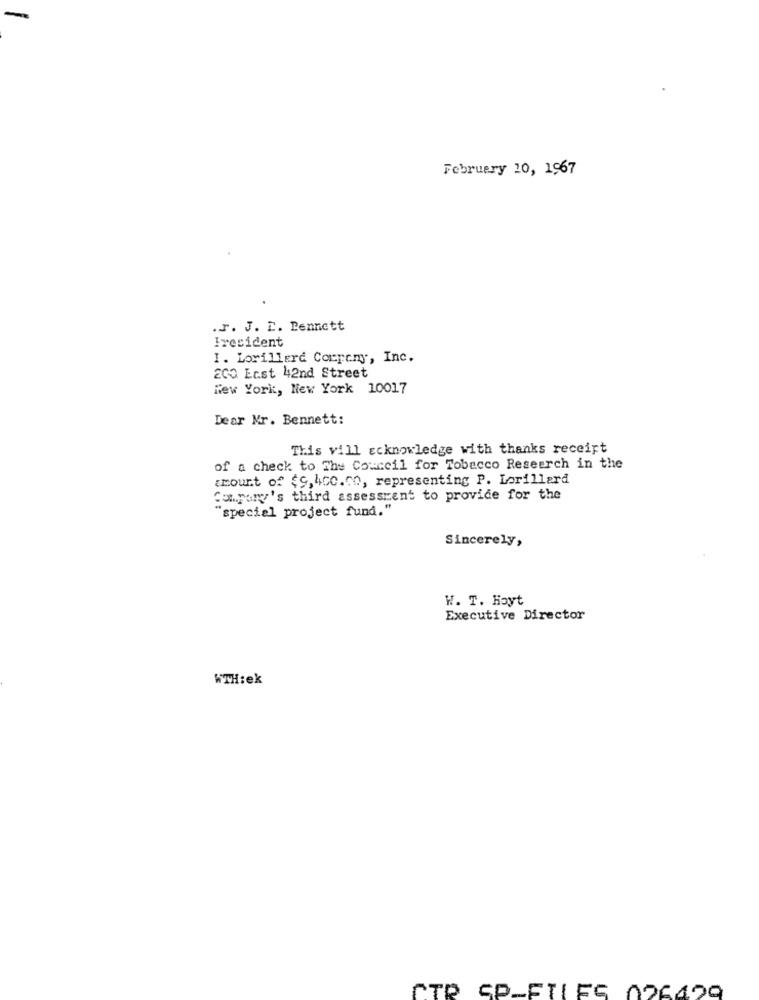
February 10, 1967
.r. J. E. Dennett
Iresident
I. Lorillard Company, Inc.
200 Ecst 42nd Street
New York, New York 10017
Dear Mr. Bennett:
This vill acknowledge with thanks receipt
of a check to The Council for Tobacco Research in the
amount of $9,400.00, representing P. Lorillard
Company's third assessrent to provide for the
"special project fund."
Sincerely,
W. T. Hoyt
Executive Director
WTH:ek
CTR SP-FILES 026499